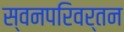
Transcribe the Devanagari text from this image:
स्वनपरिवर्तन